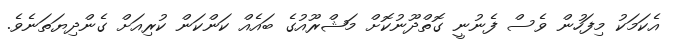
އެކަމަކު މިފަހުން ވެސް ފެނުނީ ގޮތްދޫނުކޮށް މަޝްރޫއުގެ ބައެއް ކަންކަން ކުރިއަށް ގެންދިޔަތަނެވެ.